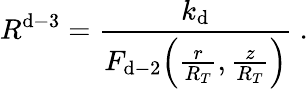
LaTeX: R^{\mathrm{d}-3}=\frac{{k_{\mathrm{d}}}}{{F_{\mathrm{d}-2}\Big(\frac{{r}}{{R_{T}}},\frac{{z}}{{R_{T}}}\Big)}}\ .